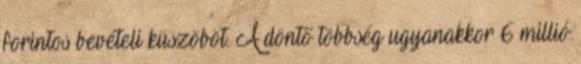
forintos bevételi küszöböt. A döntő többség ugyanakkor 6 millió